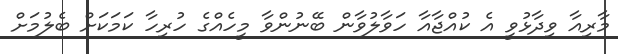
މާރިއާ ވިދާޅުވީ އެ ކުއްޖާއާ ހަވާލުވާން ބޭނުންވާ މީހެއްގެ ހުރިހާ ކަމަކަށް ބެލުމަށް